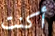
أكنت